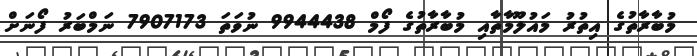
މުބާރާތުގެ އިތުރު މައުލޫމާތާއި މުބާރާތުގެ ފޯމް 9944438 ނުވަތަ 7907173 ނަމްބަރު ފޯނަށް